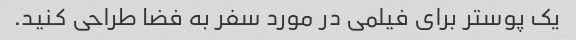
یک پوستر برای فیلمی در مورد سفر به فضا طراحی کنید.